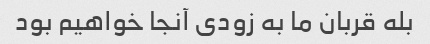
بله قربان ما به زودی آنجا خواهیم بود